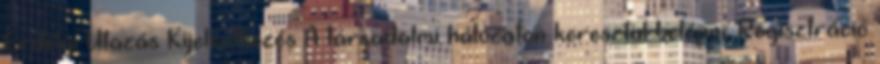
Erdélyi Utazás Kijelentkezés A társadalmi hálózaton keresztül belépni: Regisztráció